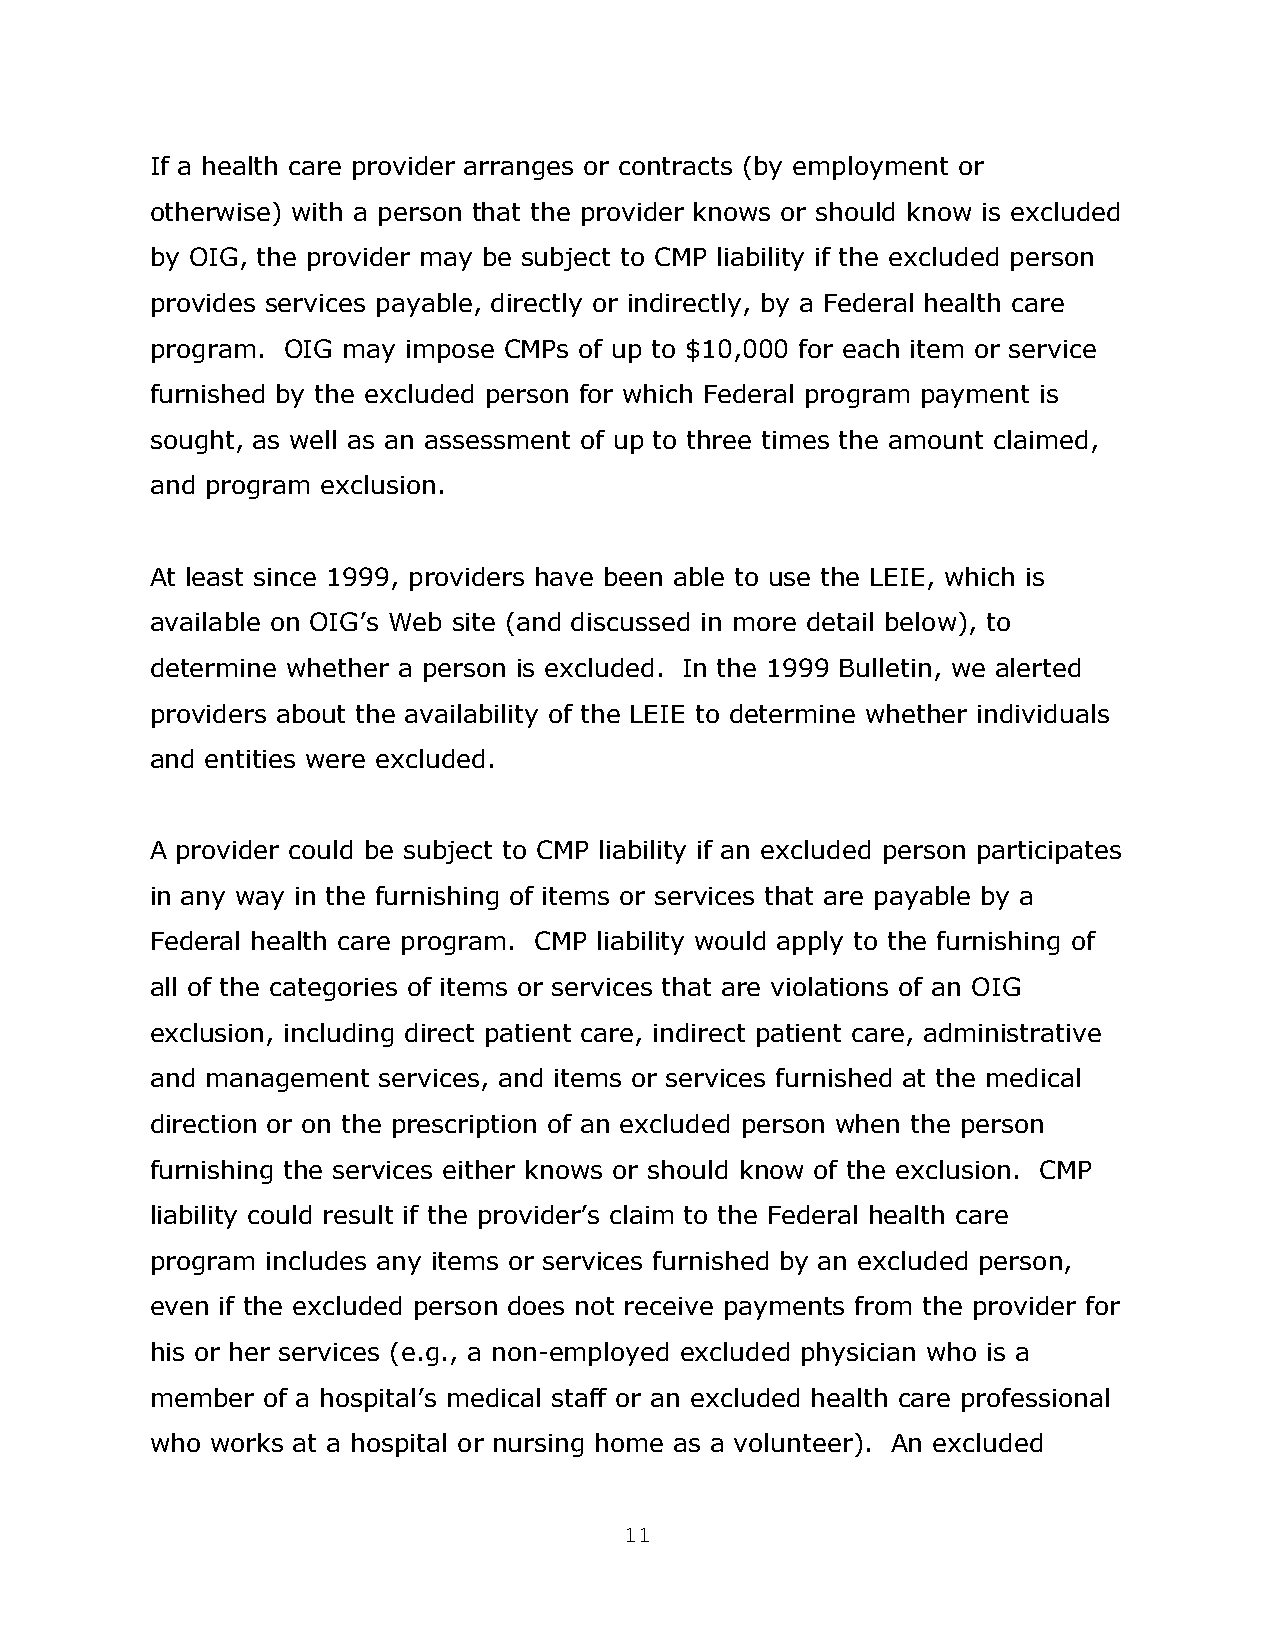
If a health care provider arranges or contracts (by employment or
 otherwise) with a person that the provider knows or should know is excluded
 by OIG, the provider may be subject to CMP liability if the excluded person
 provides services payable, directly or indirectly, by a Federal health care
 program. OIG may impose CMPs of up to $10,000 for each item or service
 furnished by the excluded person for which Federal program payment is
 sought, as well as an assessment of up to three times the amount claimed,
 and program exclusion.
 At least since 1999, providers have been able to use the LEIE, which is
 available on OIG’s Web site (and discussed in more detail below), to
 determine whether a person is excluded. In the 1999 Bulletin, we alerted
 providers about the availability of the LEIE to determine whether individuals
 and entities were excluded.
 A provider could be subject to CMP liability if an excluded person participates
 in any way in the furnishing of items or services that are payable by a
 Federal health care program. CMP liability would apply to the furnishing of
 all of the categories of items or services that are violations of an OIG
 exclusion, including direct patient care, indirect patient care, administrative
 and management services, and items or services furnished at the medical
 direction or on the prescription of an excluded person when the person
 furnishing the services either knows or should know of the exclusion. CMP
 liability could result if the provider’s claim to the Federal health care
 program includes any items or services furnished by an excluded person,
 even if the excluded person does not receive payments from the provider for
 his or her services (e.g., a non-employed excluded physician who is a
 member of a hospital’s medical staff or an excluded health care professional
 who works at a hospital or nursing home as a volunteer). An excluded
 11